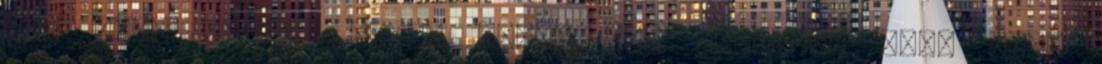
nem csak engem. Egész addig úgy ismertük meg, mint